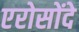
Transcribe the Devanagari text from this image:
एरोसोंदे